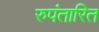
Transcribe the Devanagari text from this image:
रुपंतारित